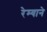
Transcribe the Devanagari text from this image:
रेम्याने